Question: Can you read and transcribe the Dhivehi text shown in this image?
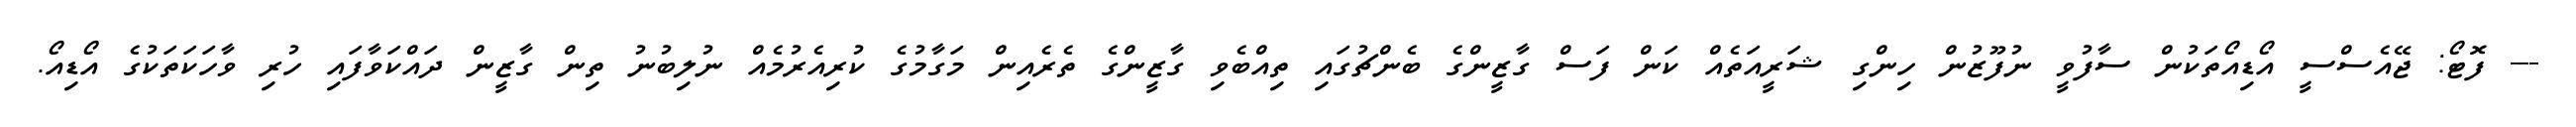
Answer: --- ފޮޓޯ: ޖޭއެސްސީ އޯޑިއޯތަކުން ސާފުވީ ނުފޫޒުން ހިންގި ޝަރީއަތެއް ކަން ފަސް ގާޒީންގެ ބެންޗުގައި ތިއްބެވި ގާޒީންގެ ތެރެއިން މަގާމުގެ ކުރިއެރުމެއް ނުލިބުނު ތިން ގާޒީން ދައްކަވާފައި ހުރި ވާހަކަތަކުގެ އޯޑިއޯ.